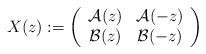
LaTeX: \begin{align*}X(z) := \left ( \begin{array}{cc} \mathcal{A}(z) & \mathcal{A}(-z) \\ \mathcal{B}(z) & \mathcal{B}(-z) \\ \end{array} \right ) \end{align*}